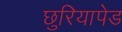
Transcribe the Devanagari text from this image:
छुरियापेड